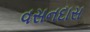
વસનદાસ